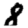
Digit: 8